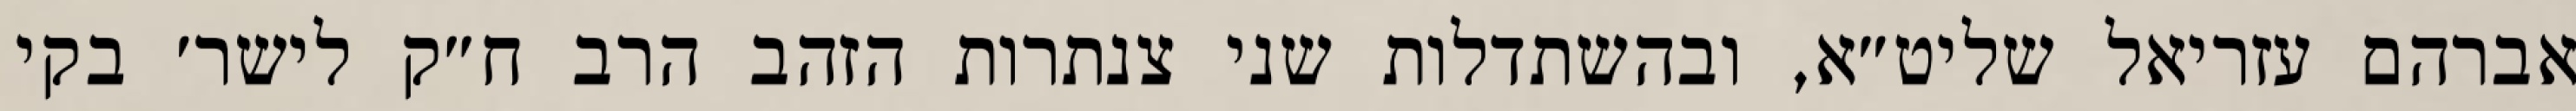
אברהם עזריאל שליט״א, ובהשתדלות שני צנתרות הזהב הרב ח״ק לישר׳ בקי